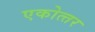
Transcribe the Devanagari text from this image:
एकोत्‍तर